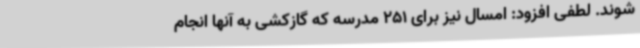
شوند. لطفی افزود: امسال نیز برای 251 مدرسه که گازکشی به آنها انجام